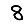
Digit: 8